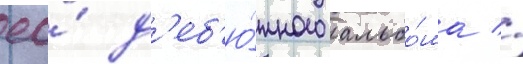
ео́ д'еб'ю́тного альбо́ма //